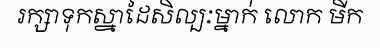
រក្សាទុកស្នាដៃសិល្បៈម្នាក់ លោក មីក